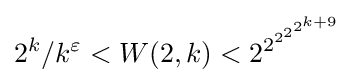
2^{k}/k^{\varepsilon }<W(2,k)<2^{2^{2^{2^{2^{k+9}}}}}